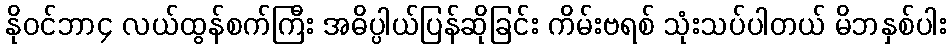
နိုဝင်ဘာ၄ လယ်ထွန်စက်ကြီး အဓိပ္ပါယ်ပြန်ဆိုခြင်း ကိမ်းဗရစ် သုံးသပ်ပါတယ် မိဘနှစ်ပါး